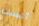
أتسبب